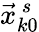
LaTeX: \vec{x}_{k0}^{\, s}